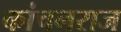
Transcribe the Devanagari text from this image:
कांचनराज